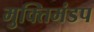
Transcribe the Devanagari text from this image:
मुक्तिमंडप